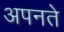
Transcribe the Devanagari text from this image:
अपनते